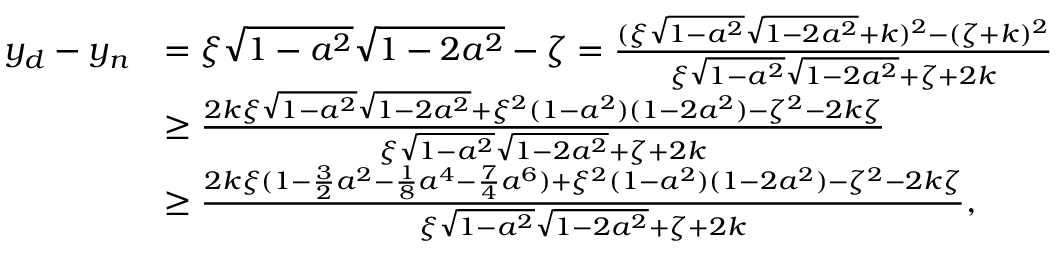
\begin{array} { r l } { y _ { d } - y _ { n } } & { = \xi \sqrt { 1 - a ^ { 2 } } \sqrt { 1 - 2 a ^ { 2 } } - \zeta = \frac { ( \xi \sqrt { 1 - a ^ { 2 } } \sqrt { 1 - 2 a ^ { 2 } } + k ) ^ { 2 } - ( \zeta + k ) ^ { 2 } } { \xi \sqrt { 1 - a ^ { 2 } } \sqrt { 1 - 2 a ^ { 2 } } + \zeta + 2 k } } \\ & { \ge \frac { 2 k \xi \sqrt { 1 - a ^ { 2 } } \sqrt { 1 - 2 a ^ { 2 } } + \xi ^ { 2 } ( 1 - a ^ { 2 } ) ( 1 - 2 a ^ { 2 } ) - \zeta ^ { 2 } - 2 k \zeta } { \xi \sqrt { 1 - a ^ { 2 } } \sqrt { 1 - 2 a ^ { 2 } } + \zeta + 2 k } } \\ & { \ge \frac { 2 k \xi ( 1 - \frac 3 2 a ^ { 2 } - \frac 1 8 a ^ { 4 } - \frac 7 4 a ^ { 6 } ) + \xi ^ { 2 } ( 1 - a ^ { 2 } ) ( 1 - 2 a ^ { 2 } ) - \zeta ^ { 2 } - 2 k \zeta } { \xi \sqrt { 1 - a ^ { 2 } } \sqrt { 1 - 2 a ^ { 2 } } + \zeta + 2 k } , } \end{array}